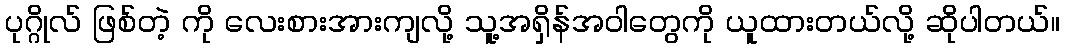
ပုဂ္ဂိုလ် ဖြစ်တဲ့ ကို လေးစားအားကျလို့ သူ့အရှိန်အဝါတွေကို ယူထားတယ်လို့ ဆိုပါတယ်။